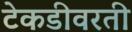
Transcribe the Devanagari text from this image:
टेकडीवरती